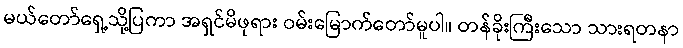
မယ်တော်ရှေ့သို့ပြကာ အရှင်မိဖုရား ဝမ်းမြောက်တော်မူပါ။ တန်ခိုးကြီးသော သားရတနာ